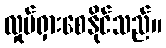
လှုပ်ရှားစေနိုင်သည်။